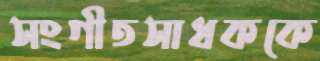
সংগীতসাধককে